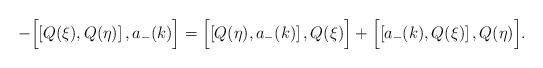
LaTeX: \begin{align*} - \Bigl[ \left[ Q(\xi) , Q(\eta) \right] , a_- (k) \Bigr] = \Bigl[ \left[ Q(\eta) , a_- (k) \right] , Q(\xi) \Bigr] + \Bigl[ \left[ a_- (k) , Q(\xi) \right] , Q(\eta) \Bigr] .\end{align*}